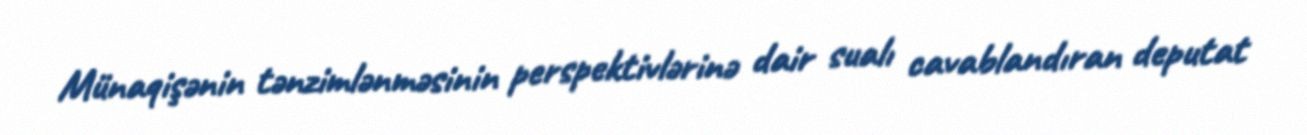
Münaqişənin tənzimlənməsinin perspektivlərinə dair sualı cavablandıran deputat